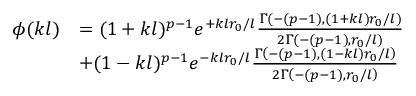
\begin{array} { r l } { \phi ( k l ) } & { = ( 1 + k l ) ^ { p - 1 } e ^ { + k l r _ { 0 } / l } \frac { \Gamma \left( - ( p - 1 ) , ( 1 + k l ) r _ { 0 } / l \right) } { 2 \Gamma \left( - ( p - 1 ) , r _ { 0 } / l \right) } } \\ & { + ( 1 - k l ) ^ { p - 1 } e ^ { - k l r _ { 0 } / l } \frac { \Gamma \left( - ( p - 1 ) , ( 1 - k l ) r _ { 0 } / l \right) } { 2 \Gamma \left( - ( p - 1 ) , r _ { 0 } / l \right) } } \end{array}